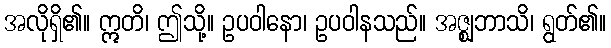
အလိုရှိ၏။ ဣတိ၊ ဤသို့။ ဥပဝါနော၊ ဥပဝါနသည်။ အဇ္ဈဘာသိ၊ ရွတ်၏။